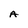
Character: A